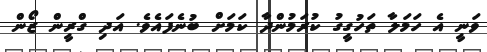
ވަނީ އެ ހަމަލާ ތަހުގީގު ކުރަމުންދާ ކަމަށް ބުނެފައެވެ. އަދި ގްރީން ޒޯން